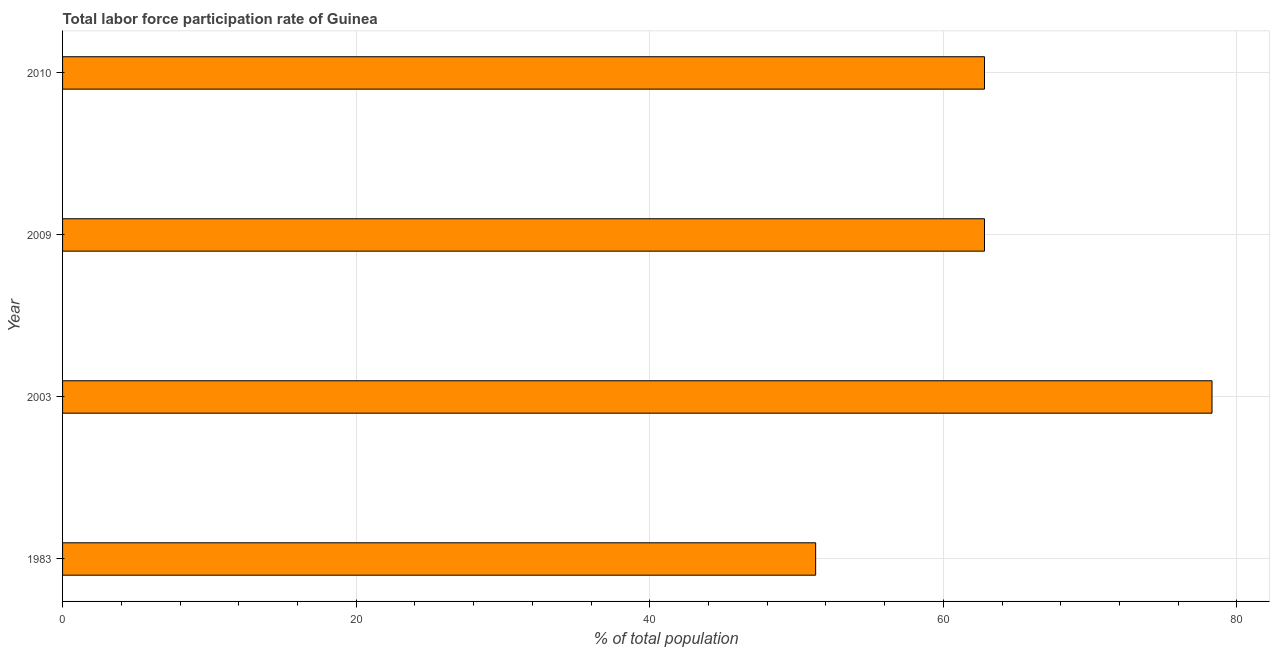
| Year | Labor force participation rate for ages 15-24 total |
 | --- | --- |
 | 1983 | 51.3 |
 | 2003 | 78.3 |
 | 2009 | 62.8 |
 | 2010 | 62.8 |